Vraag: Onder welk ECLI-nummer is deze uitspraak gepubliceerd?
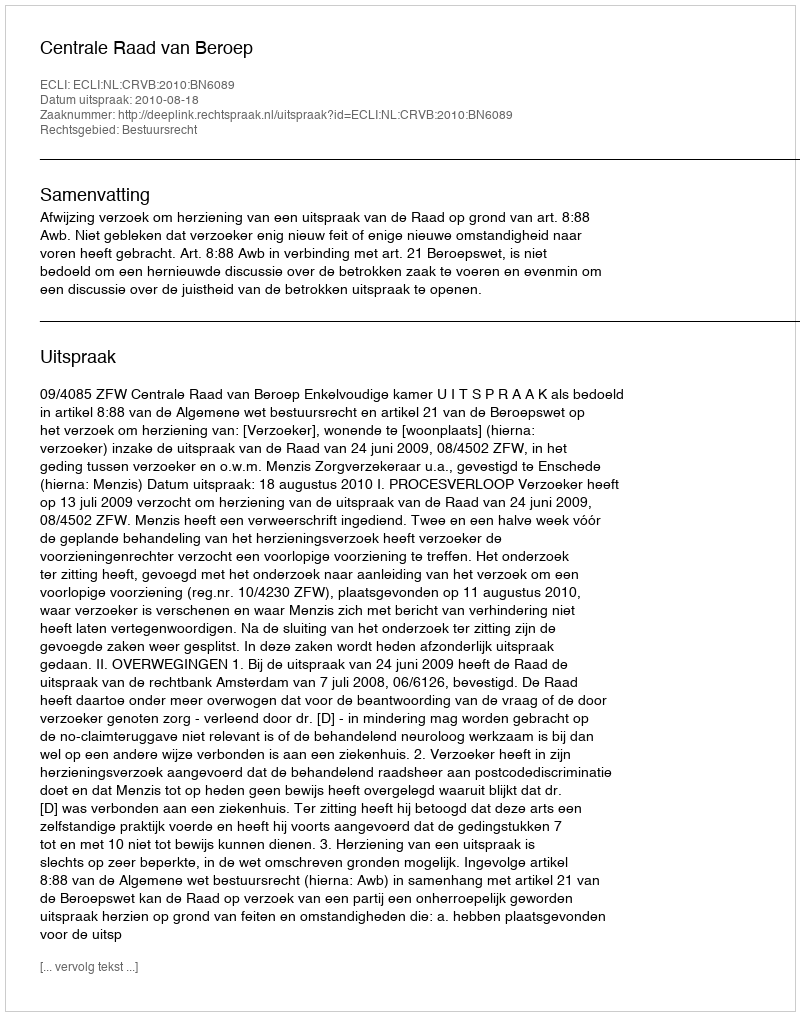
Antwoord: ECLI:NL:CRVB:2010:BN6089